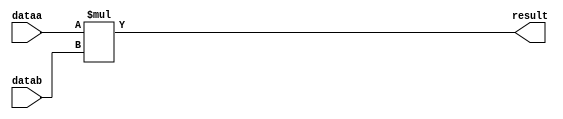
//lpm_mult CBX_DECLARE_ALL_CONNECTED_PORTS="OFF" DEVICE_FAMILY="Cyclone V" DSP_BLOCK_BALANCING="Auto" INPUT_B_IS_CONSTANT="YES" LPM_REPRESENTATION="SIGNED" LPM_WIDTHA=18 LPM_WIDTHB=18 LPM_WIDTHP=36 LPM_WIDTHS=1 MAXIMIZE_SPEED=5 dataa datab result CARRY_CHAIN="MANUAL" CARRY_CHAIN_LENGTH=48
//VERSION_BEGIN 21.1 cbx_cycloneii 2021:10:21:11:03:22:SJ cbx_lpm_add_sub 2021:10:21:11:03:22:SJ cbx_lpm_mult 2021:10:21:11:03:22:SJ cbx_mgl 2021:10:21:11:03:46:SJ cbx_nadder 2021:10:21:11:03:22:SJ cbx_padd 2021:10:21:11:03:22:SJ cbx_stratix 2021:10:21:11:03:22:SJ cbx_stratixii 2021:10:21:11:03:22:SJ cbx_util_mgl 2021:10:21:11:03:22:SJ  VERSION_END
// synthesis VERILOG_INPUT_VERSION VERILOG_2001
// altera message_off 10463



// Copyright (C) 2021  Intel Corporation. All rights reserved.
//  Your use of Intel Corporation's design tools, logic functions 
//  and other software and tools, and any partner logic 
//  functions, and any output files from any of the foregoing 
//  (including device programming or simulation files), and any 
//  associated documentation or information are expressly subject 
//  to the terms and conditions of the Intel Program License 
//  Subscription Agreement, the Intel Quartus Prime License Agreement,
//  the Intel FPGA IP License Agreement, or other applicable license
//  agreement, including, without limitation, that your use is for
//  the sole purpose of programming logic devices manufactured by
//  Intel and sold by Intel or its authorized distributors.  Please
//  refer to the applicable agreement for further details, at
//  https://fpgasoftware.intel.com/eula.



//synthesis_resources = 
//synopsys translate_off
`timescale 1 ps / 1 ps
//synopsys translate_on
module  mult_vmq
	( 
	dataa,
	datab,
	result) /* synthesis synthesis_clearbox=1 */;
	input   [17:0]  dataa;
	input   [17:0]  datab;
	output   [35:0]  result;

	wire signed	[17:0]    dataa_wire;
	wire signed	[17:0]    datab_wire;
	wire signed	[35:0]    result_wire;



	assign dataa_wire = dataa;
	assign datab_wire = datab;
	assign result_wire = dataa_wire * datab_wire;
	assign result = ({result_wire[35:0]});

endmodule //mult_vmq
//VALID FILE